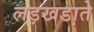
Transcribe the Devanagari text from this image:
लड़खडा़ते